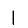
Digit: 1